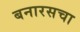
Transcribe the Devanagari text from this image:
बनारसचा